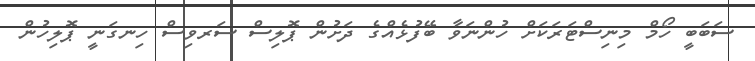
ސަބަބީ ހޯމް މިނިސްޓަރަކަށް ހުންނަވާ ބޭފުޅެއްގެ ދަށުން ޕޮލިސް ސަރވިސް ހިނގަނީ ޕޮލިހުން